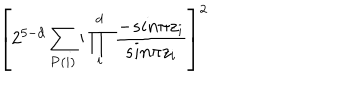
\left[ 2 ^ { 5 - d } \sum _ { { \bf P } ( i ) } \prime \prod _ { i } ^ { d } { \frac { - s i n \pi z _ { i } } { s i n \pi z _ { i } } } \right] ^ { 2 }